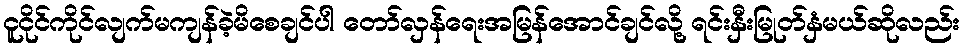
ငူငိုင်ကိုင်လျက်မကျန်ခဲ့မိစေချင်ပါ တော်လှန်ရေးအမြန်အောင်ချင်လို့ ရင်းနှီးမြုတ်နှံမယ်ဆိုလည်း